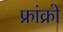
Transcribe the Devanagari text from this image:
फ्रांक्रो